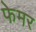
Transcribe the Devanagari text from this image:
फेमर